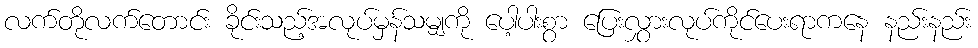
လက်တိုလက်တောင်း ခိုင်းသည့်အလုပ်မှန်သမျှကို ပေါ့ပါးစွာ ပြေးလွှားလုပ်ကိုင်ပေးရာကနေ နည်းနည်း